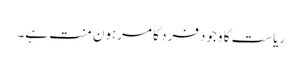
ریاست کا وجود فرد کا مرہون منت ہے۔